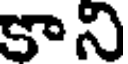
కాని